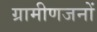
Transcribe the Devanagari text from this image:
ग्रामीणजनों